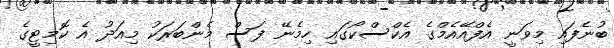
ބުނެފައި މިވަނީ އެފްއޭއެމްގެ އެކްސްކޯގައި ހިމެނޭ ފަސް މެންބަރަކު މިއަދު އެ ކޮމިޓީގެ